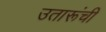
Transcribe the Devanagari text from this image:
उतारूंची